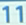
111